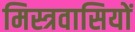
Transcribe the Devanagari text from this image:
मिस्त्रवासियों